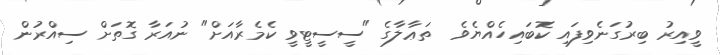
ވީއިރު ބިރުގަނެވިފައި ކޮބައިހެއްޔެވެ  ތަޢާލާގެ "ސީސީޓީވީ ކެމެރާއަށް" ނުއަރާ ގޮތަށް ސިއްރުން